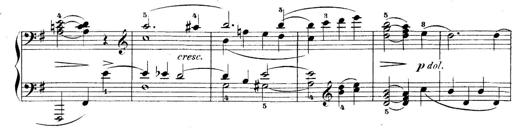
Title: 5 Sonatinas
Composer: Theodor Kirchner